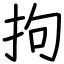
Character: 拘